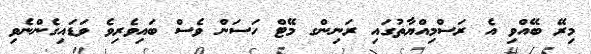
މިރޭ ބޭއްވި އެ ރަސްމިއްޔާތުގައި ރަނިންގ މޭޓް ހަސަން ވެސް ބައިވެރިވެ ވަޑައިގެންނެވި